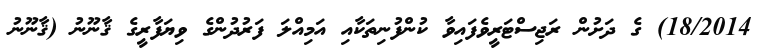
18/2014) ގެ ދަށުން ރަޖިސްޓަރީވެފައިވާ ކުންފުނިތަކާއި އަމިއްލަ ފަރުދުންގެ ވިޔަފާރީގެ ޤާނޫނު (ޤާނޫނު